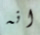
انه